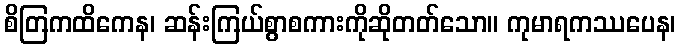
စိတြကထိကေန၊ ဆန်းကြယ်စွာစကားကိုဆိုတတ်သော။ ကုမာရကဿပေန၊